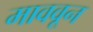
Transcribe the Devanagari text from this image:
माववून